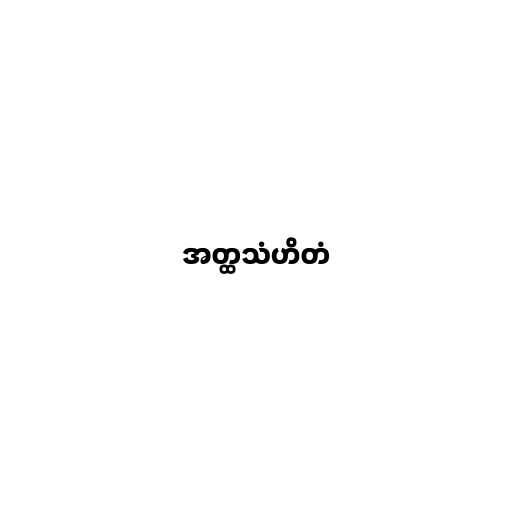
အတ္ထသံဟိတံ